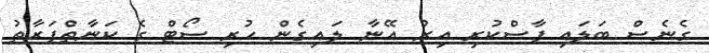
ގެނެސް ބަލައި ފާސްކުރި އިރު އޭނާ ލައިގެން ހުރި ސޯޓް ގެ ކަނާތްފަރާތު